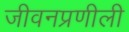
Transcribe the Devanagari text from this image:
जीवनप्रणीली